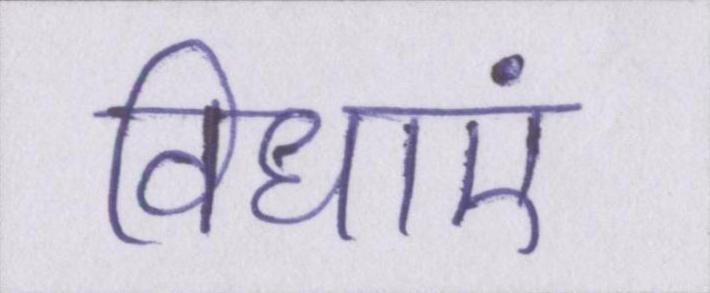
विधाएं